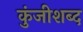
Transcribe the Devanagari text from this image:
कुंजीशब्द